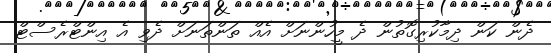
ދެން ކަން ދިމާކުރިގޮތުން ދެ މީހުންނަށް އެއް ތަންތަނަށް ދެވި އެ އިންޓްރެސްޓް